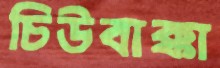
চিউবাক্কা